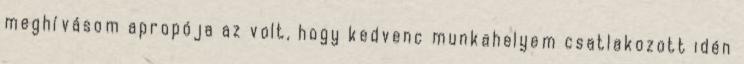
meghívásom apropója az volt, hogy kedvenc munkahelyem csatlakozott idén